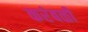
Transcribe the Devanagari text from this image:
करंबळी